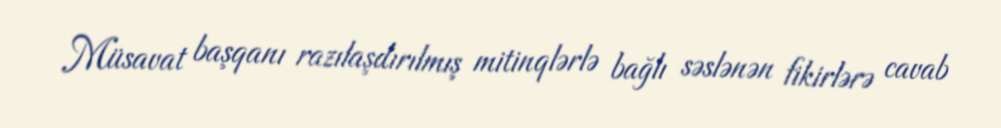
Müsavat başqanı razılaşdırılmış mitinqlərlə bağlı səslənən fikirlərə cavab